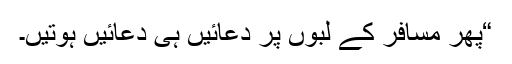
“پھر مسافر کے لبوں پر دعائیں ہی دعائیں ہوتیں۔